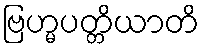
ဗြဟ္မပတ္တိယာတိ